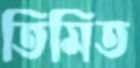
তিমিত